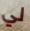
لي